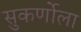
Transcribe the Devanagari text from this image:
सुकर्णोला